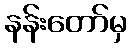
နန်းတော်မှ